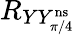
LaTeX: R_{YY_{\pi/4}^{\mathrm{ns}}}